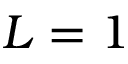
L = 1